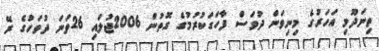
ތިނަދޫމި އަހަރުގެ މިނިވަން ދުވަސް ފާހަގަކުރުމުގެ ގޮތުން 2006ޖުލައި 26ވަނަ ދުވަހުގެ ރޭ